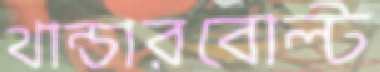
থান্ডারবোল্ট